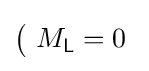
{\big (}\ M_{\mathsf {L}}=0\